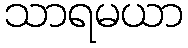
သာရမယာ